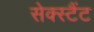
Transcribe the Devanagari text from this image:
सेक्स्टैंट